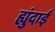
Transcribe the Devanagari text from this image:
ह्युंदाई